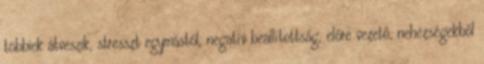
többiek átveszik, stresszt egymástól, negatív beállítottság, előre vezető, nehézségekből